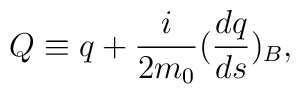
Q\equiv q+\frac{i}{2m_0}(\frac{dq}{ds})_B,